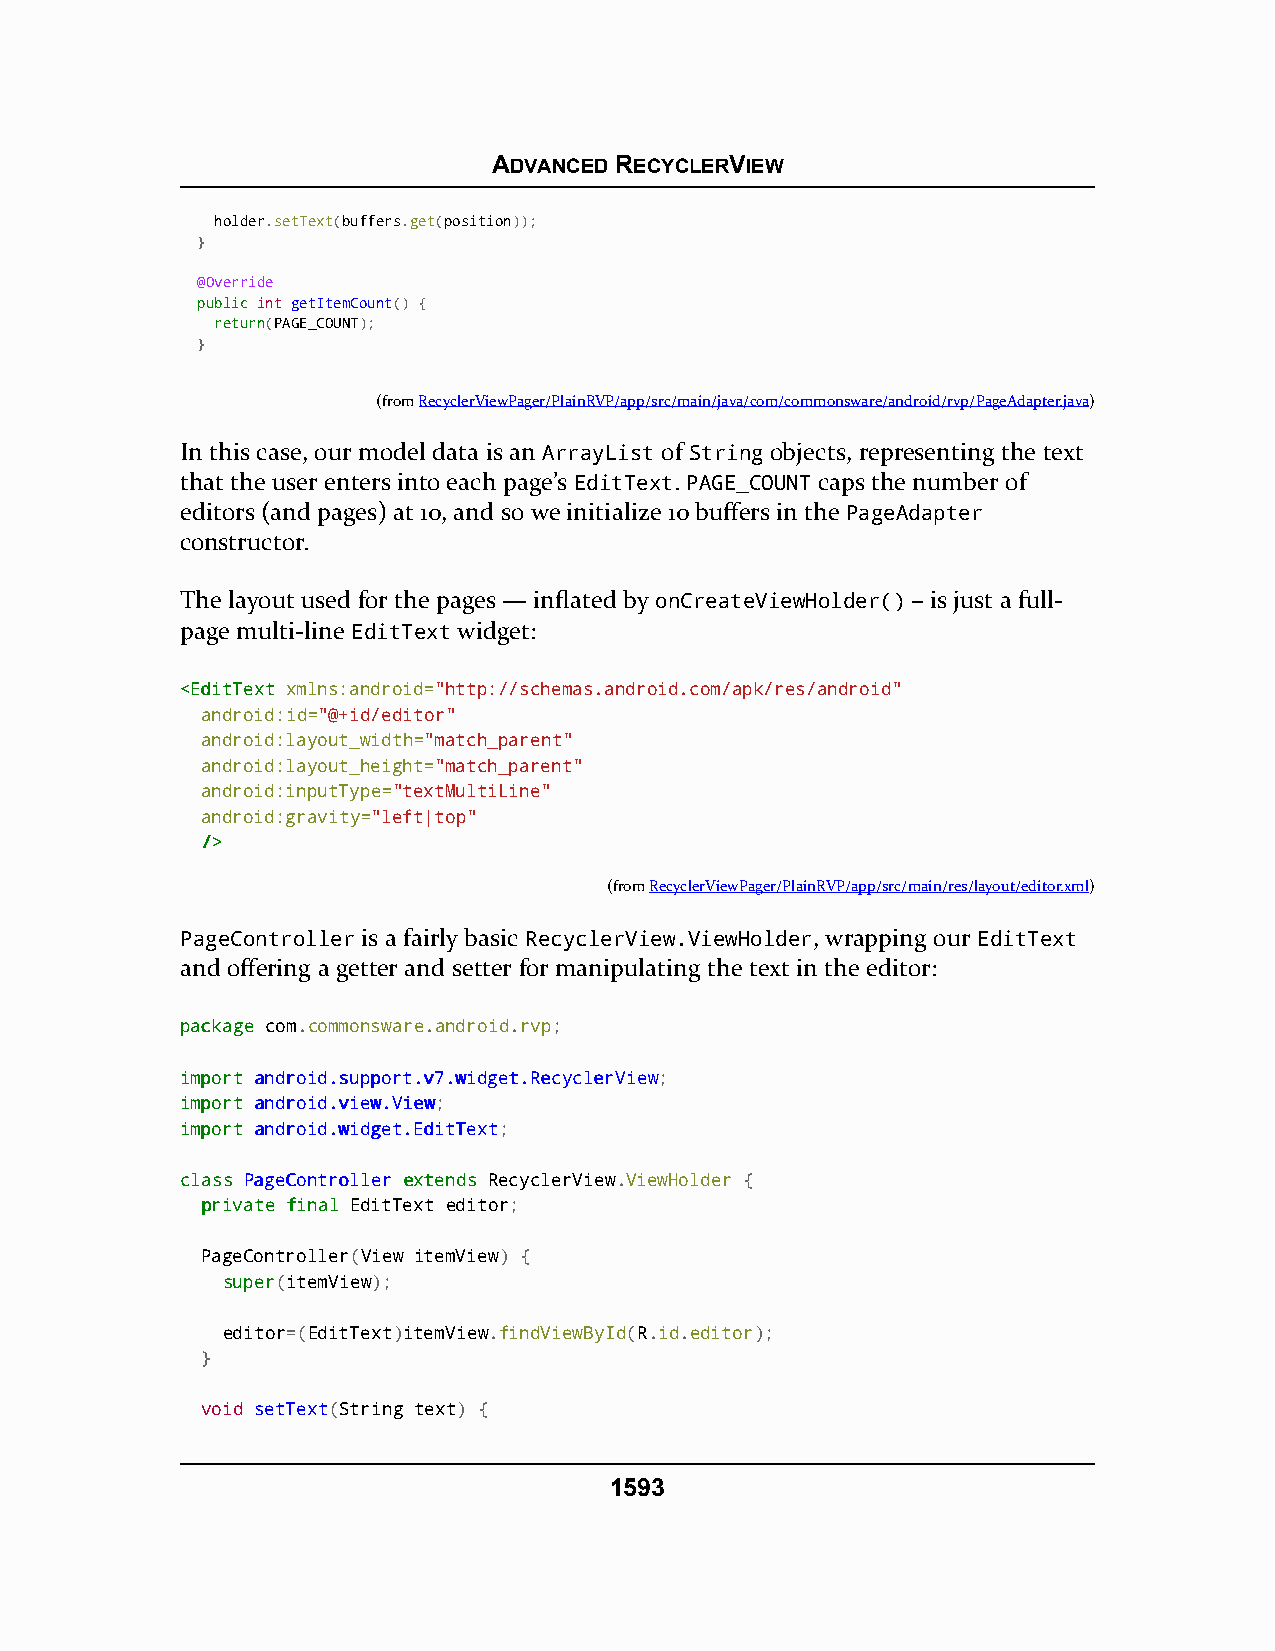
ADVANCED RECYCLERVIEW
 holder.setText(buffers.get(position));
 }
 @Override
 ppuubblliicc int getItemCount() {
 rreettuurrnn(PAGE_COUNT);
 }
 (fromRecyclerViewPager/PlainRVP/app/src/main/java/com/commonsware/android/rvp/PageAdapter.java)
 In this case, our model data is an ArrayList of String objects, representing the text
 that the user enters into each page’s EditText. PAGE_COUNT caps the number of
 editors (and pages) at 10, and so we initialize 10 buffers in the PageAdapter
 constructor.
 The layout used for the pages — inflated by onCreateViewHolder() – is just a full-
 page multi-line EditText widget:
 <<EEddiittTTeexxtt xmlns:android="http://schemas.android.com/apk/res/android"
 android:id="@+id/editor"
 android:layout_width="match_parent"
 android:layout_height="match_parent"
 android:inputType="textMultiLine"
 android:gravity="left|top"
 //>>
 (fromRecyclerViewPager/PlainRVP/app/src/main/res/layout/editor.xml)
 PageController is a fairly basic RecyclerView.ViewHolder, wrapping our EditText
 and offering a getter and setter for manipulating the text in the editor:
 ppaacckkaaggee com.commonsware.android.rvp;
 iimmppoorrtt aannddrrooiidd..ssuuppppoorrtt..vv77..wwiiddggeett..RReeccyycclleerrVViieeww;
 iimmppoorrtt aannddrrooiidd..vviieeww..VViieeww;
 iimmppoorrtt aannddrrooiidd..wwiiddggeett..EEddiittTTeexxtt;
 ccllaassss PPaaggeeCCoonnttrroolllleerr eexxtteennddss RecyclerView.ViewHolder {
 pprriivvaattee ffiinnaall EditText editor;
 PageController(View itemView) {
 ssuuppeerr(itemView);
 editor=(EditText)itemView.findViewById(R.id.editor);
 }
 void setText(String text) {
 1593